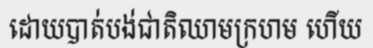
ដោយបាត់បង់ជាតិឈាមក្រហម ហើយ